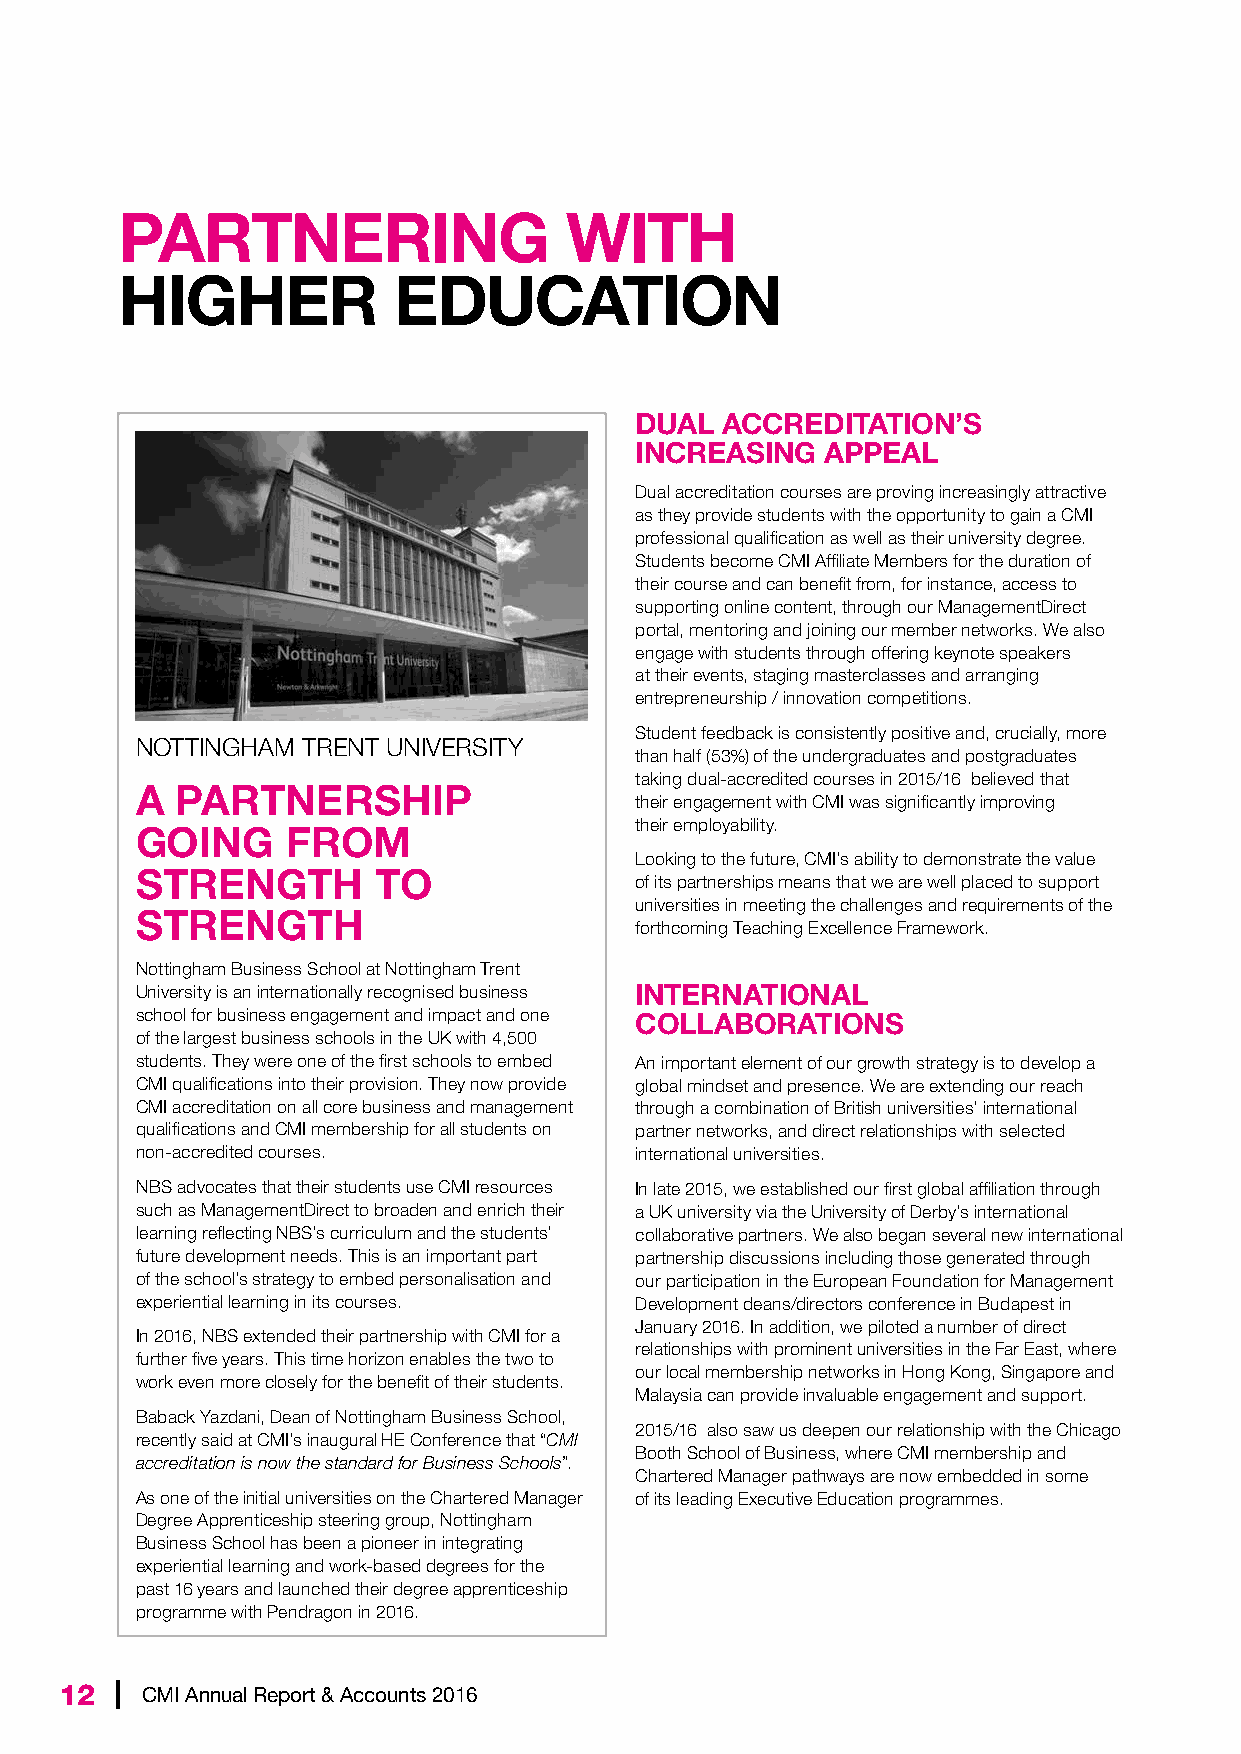
PARTNERING                   WITH
 HIGHER            EDUCATION
 DUAL  ACCREDITATION’S
 INCREASING   APPEAL
 Dual accreditation courses are proving increasingly attractive
 as they provide students with the opportunity to gain a CMI
 professional qualification as well as their university degree.
 Students become CMI Affiliate Members for the duration of
 their course and can benefit from, for instance, access to
 supporting online content, through our ManagementDirect
 portal, mentoring and joining our member networks. We also
 engage with students through offering keynote speakers
 at their events, staging masterclasses and arranging
 entrepreneurship / innovation competitions.
 Student feedback is consistently positive and, crucially, more
 NOTTINGHAM TRENT UNIVERSITY
 than half (53%) of the undergraduates and postgraduates
 taking dual-accredited courses in 2015/16 believed that
 A  PARTNERSHIP
 their engagement with CMI was significantly improving
 their employability.
 GOING     FROM
 Looking to the future, CMI’s ability to demonstrate the value
 STRENGTH        TO
 of its partnerships means that we are well placed to support
 universities in meeting the challenges and requirements of the
 STRENGTH
 forthcoming Teaching Excellence Framework.
 Nottingham Business School at Nottingham Trent
 University is an internationally recognised business INTERNATIONAL
 school for business engagement and impact and one COLLABORATIONS
 of the largest business schools in the UK with 4,500
 students. They were one of the first schools to embed An important element of our growth strategy is to develop a
 CMI qualifications into their provision. They now provide global mindset and presence. We are extending our reach
 CMI accreditation on all core business and management through a combination of British universities’ international
 qualifications and CMI membership for all students on partner networks, and direct relationships with selected
 non-accredited courses.          international universities.
 NBS advocates that their students use CMI resources In late 2015, we established our first global affiliation through
 such as ManagementDirect to broaden and enrich their a UK university via the University of Derby’s international
 learning reflecting NBS’s curriculum and the students’ collaborative partners. We also began several new international
 future development needs. This is an important part partnership discussions including those generated through
 of the school’s strategy to embed personalisation and our participation in the European Foundation for Management
 experiential learning in its courses. Development deans/directors conference in Budapest in
 January 2016. In addition, we piloted a number of direct
 In 2016, NBS extended their partnership with CMI for a
 relationships with prominent universities in the Far East, where
 further five years. This time horizon enables the two to
 our local membership networks in Hong Kong, Singapore and
 work even more closely for the benefit of their students.
 Malaysia can provide invaluable engagement and support.
 Baback Yazdani, Dean of Nottingham Business School,
 2015/16 also saw us deepen our relationship with the Chicago
 recently said at CMI’s inaugural HE Conference that “CMI
 Booth School of Business, where CMI membership and
 accreditation is now the standard for Business Schools”.
 Chartered Manager pathways are now embedded in some
 As one of the initial universities on the Chartered Manager of its leading Executive Education programmes.
 Degree Apprenticeship steering group, Nottingham
 Business School has been a pioneer in integrating
 experiential learning and work-based degrees for the
 past 16 years and launched their degree apprenticeship
 programme with Pendragon in 2016.
 12  | CMI Annual Report & Accounts 2016